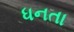
ધનતા